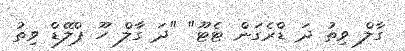
ގާލް ވިތު ދަ ޑްރެގަން ޓެޓޫ" "ދަ ގާލް ހޫ ޕްލޭޑް ވިތު